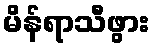
မိန်ရာသီဖွား